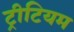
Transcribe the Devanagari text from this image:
ट्रीटियम